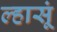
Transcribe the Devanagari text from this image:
ल्हासूं